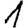
Digit: 1